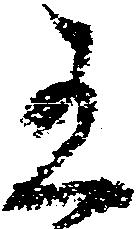
有